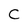
Character: C